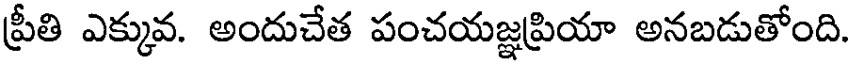
ప్రీతి ఎక్కువ. అందుచేత పంచయజ్ఞప్రియా అనబడుతోంది.